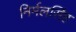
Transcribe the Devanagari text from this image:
निर्मलसिंह